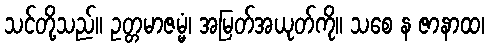
သင်တို့သည်။ ဥတ္တမာဇမ္မံ၊ အမြတ်အယုတ်ကို။ သစေ န ဇာနာထ၊